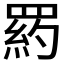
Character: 𦋥